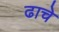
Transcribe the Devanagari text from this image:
ढाचे